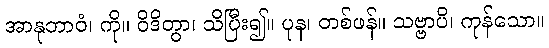
အာနုဘာဝံ၊ ကို။ ဝိဒိတွာ၊ သိပြီး၍။ ပုန၊ တစ်ဖန်။ သဗ္ဗာပိ၊ ကုန်သော။